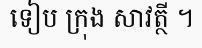
ទៀប ក្រុង សាវត្ថី ។